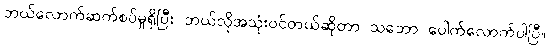
ဘယ်လောက်ဆက်စပ်မှုရှိပြီး ဘယ်လိုအသုံးဝင်တယ်ဆိုတာ သဘော ပေါက်လောက်ပါပြီ။